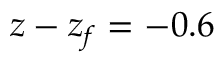
z - z _ { f } = - 0 . 6